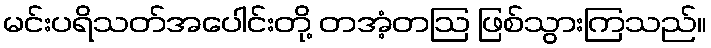
မင်းပရိသတ်အပေါင်းတို့ တအံ့တဩ ဖြစ်သွားကြသည်။